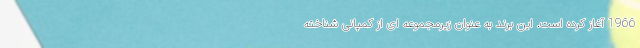
1966 آغاز کرده است. این برند به عنوان زیرمجموعه ای از کمپانی شناخته